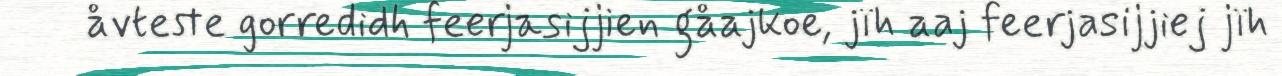
åvteste gorredidh feerjasijjien gåajkoe, jïh aaj feerjasijjiej jïh